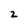
Character: 2